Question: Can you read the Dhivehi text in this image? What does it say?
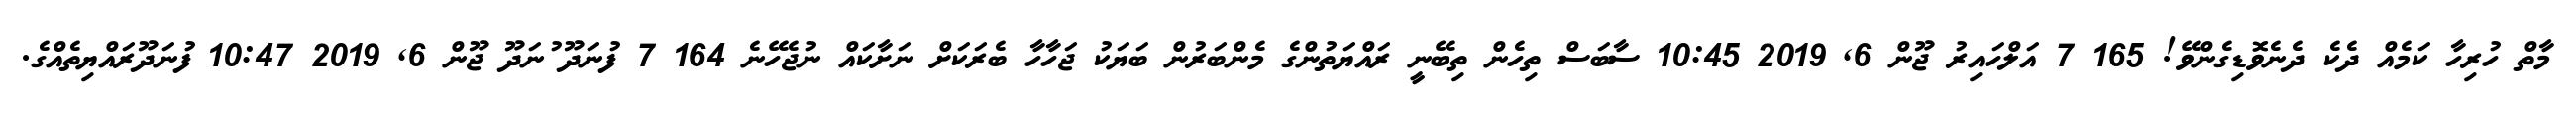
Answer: މާތް ހުރިހާ ކަމެއް ދެކެ ދެނެވޮޑިގެންވޭ! 165 7 އަލްހައިރު ޖޫން 6, 2019 10:45 ސާބަސް ތިހެން ތިބޭނީ ރައްޔަތުންގެ މެންބަރުން ބަޔަކު ޖަހާހާ ބެރަކަށް ނަށާކައް ނުޖެހޭނެ 164 7 ފުނަދޫ ުނަދޫ ޖޫން 6, 2019 10:47 ފުނަދޫރައްޔިތެއްގެ.